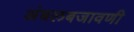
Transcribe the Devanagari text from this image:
अंबलबजावणी